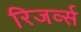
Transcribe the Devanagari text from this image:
रिजर्व्स